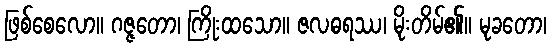
ဖြစ်စေလော။ ဂဇ္ဇတော၊ ကြိုးထသော။ ဇလဓရဿ၊ မိုးတိမ်၏။ မုခတော၊